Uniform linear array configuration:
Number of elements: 8
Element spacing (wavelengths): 0.5
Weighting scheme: cosine
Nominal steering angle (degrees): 45
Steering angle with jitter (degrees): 45.874
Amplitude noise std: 0.05
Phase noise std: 0.05

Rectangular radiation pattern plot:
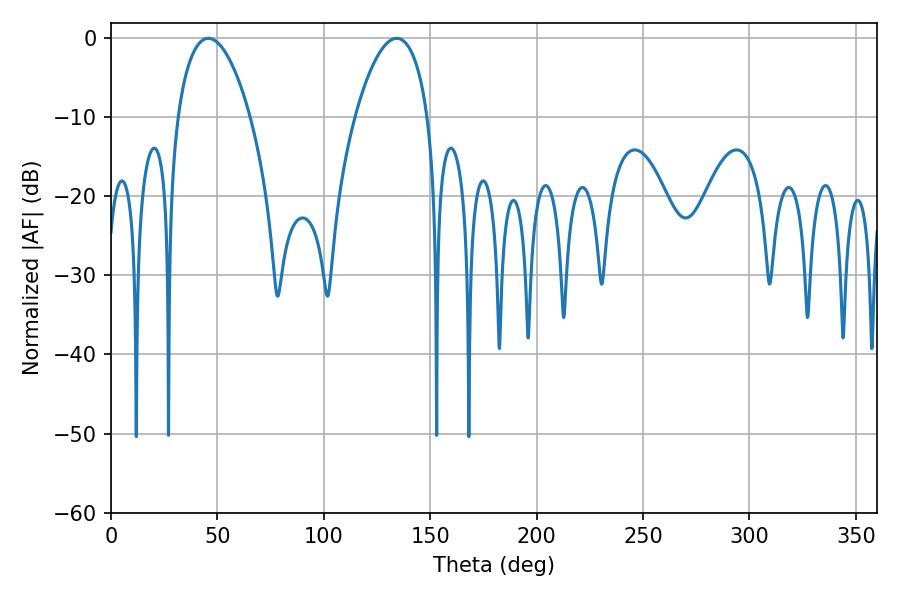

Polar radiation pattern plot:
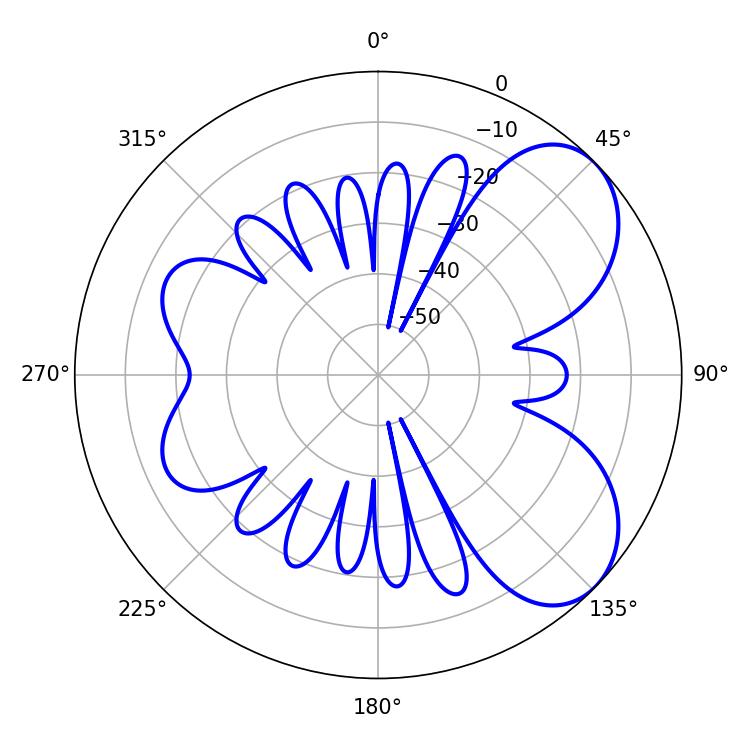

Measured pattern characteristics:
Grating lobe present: FALSE
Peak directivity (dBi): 6.12
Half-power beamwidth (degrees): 19.08
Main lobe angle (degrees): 45.72